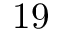
1 9